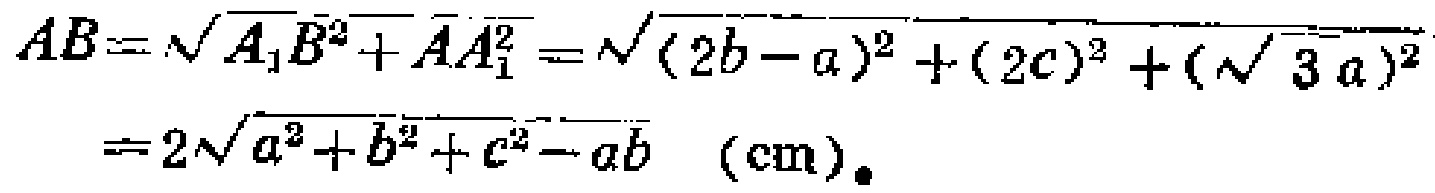
\[
\begin{align*}
AB&=\sqrt{A_{1}B^{2}+AA_{1}^{2}}=\sqrt{(2b - a)^{2}+(2c)^{2}+(\sqrt{3}a)^{2}}\\
&=2\sqrt{a^{2}+b^{2}+c^{2}-ab}\ (\text{cm})
\end{align*}
\]